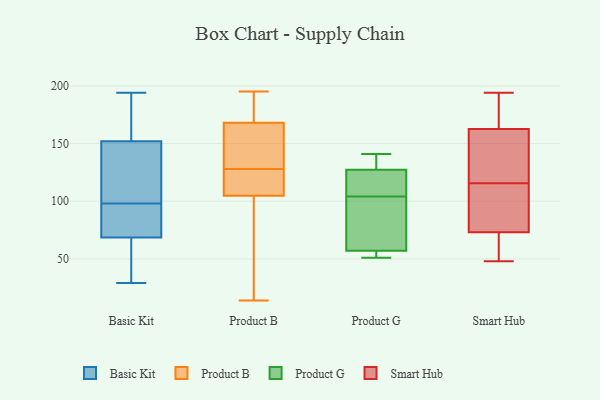
{"axis": {"x": "Satisfaction Score", "y": "Value"}, "legend": ["Basic Kit", "Product B", "Product G", "Smart Hub"], "data": [{"x": "", "y": 49, "type": "Basic Kit"}, {"x": "", "y": 171, "type": "Basic Kit"}, {"x": "", "y": 135, "type": "Basic Kit"}, {"x": "", "y": 61, "type": "Basic Kit"}, {"x": "", "y": 103, "type": "Basic Kit"}, {"x": "", "y": 194, "type": "Basic Kit"}, {"x": "", "y": 120, "type": "Basic Kit"}, {"x": "", "y": 29, "type": "Basic Kit"}, {"x": "", "y": 181, "type": "Basic Kit"}, {"x": "", "y": 81, "type": "Basic Kit"}, {"x": "", "y": 93, "type": "Basic Kit"}, {"x": "", "y": 57, "type": "Basic Kit"}, {"x": "", "y": 76, "type": "Basic Kit"}, {"x": "", "y": 104, "type": "Basic Kit"}, {"x": "", "y": 169, "type": "Basic Kit"}, {"x": "", "y": 83, "type": "Basic Kit"}, {"x": "", "y": 176, "type": "Product B"}, {"x": "", "y": 131, "type": "Product B"}, {"x": "", "y": 191, "type": "Product B"}, {"x": "", "y": 103, "type": "Product B"}, {"x": "", "y": 94, "type": "Product B"}, {"x": "", "y": 150, "type": "Product B"}, {"x": "", "y": 195, "type": "Product B"}, {"x": "", "y": 76, "type": "Product B"}, {"x": "", "y": 14, "type": "Product B"}, {"x": "", "y": 110, "type": "Product B"}, {"x": "", "y": 128, "type": "Product B"}, {"x": "", "y": 128, "type": "Product B"}, {"x": "", "y": 118, "type": "Product B"}, {"x": "", "y": 23, "type": "Product B"}, {"x": "", "y": 174, "type": "Product B"}, {"x": "", "y": 176, "type": "Product B"}, {"x": "", "y": 124, "type": "Product B"}, {"x": "", "y": 116, "type": "Product B"}, {"x": "", "y": 129, "type": "Product B"}, {"x": "", "y": 104, "type": "Product G"}, {"x": "", "y": 122, "type": "Product G"}, {"x": "", "y": 129, "type": "Product G"}, {"x": "", "y": 51, "type": "Product G"}, {"x": "", "y": 141, "type": "Product G"}, {"x": "", "y": 56, "type": "Product G"}, {"x": "", "y": 52, "type": "Product G"}, {"x": "", "y": 60, "type": "Product G"}, {"x": "", "y": 104, "type": "Product G"}, {"x": "", "y": 68, "type": "Product G"}, {"x": "", "y": 135, "type": "Product G"}, {"x": "", "y": 81, "type": "Smart Hub"}, {"x": "", "y": 177, "type": "Smart Hub"}, {"x": "", "y": 162, "type": "Smart Hub"}, {"x": "", "y": 194, "type": "Smart Hub"}, {"x": "", "y": 48, "type": "Smart Hub"}, {"x": "", "y": 100, "type": "Smart Hub"}, {"x": "", "y": 54, "type": "Smart Hub"}, {"x": "", "y": 153, "type": "Smart Hub"}, {"x": "", "y": 170, "type": "Smart Hub"}, {"x": "", "y": 93, "type": "Smart Hub"}, {"x": "", "y": 163, "type": "Smart Hub"}, {"x": "", "y": 131, "type": "Smart Hub"}, {"x": "", "y": 74, "type": "Smart Hub"}, {"x": "", "y": 72, "type": "Smart Hub"}, {"x": "", "y": 48, "type": "Smart Hub"}, {"x": "", "y": 152, "type": "Smart Hub"}]}